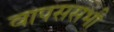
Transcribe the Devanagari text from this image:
वापससभी